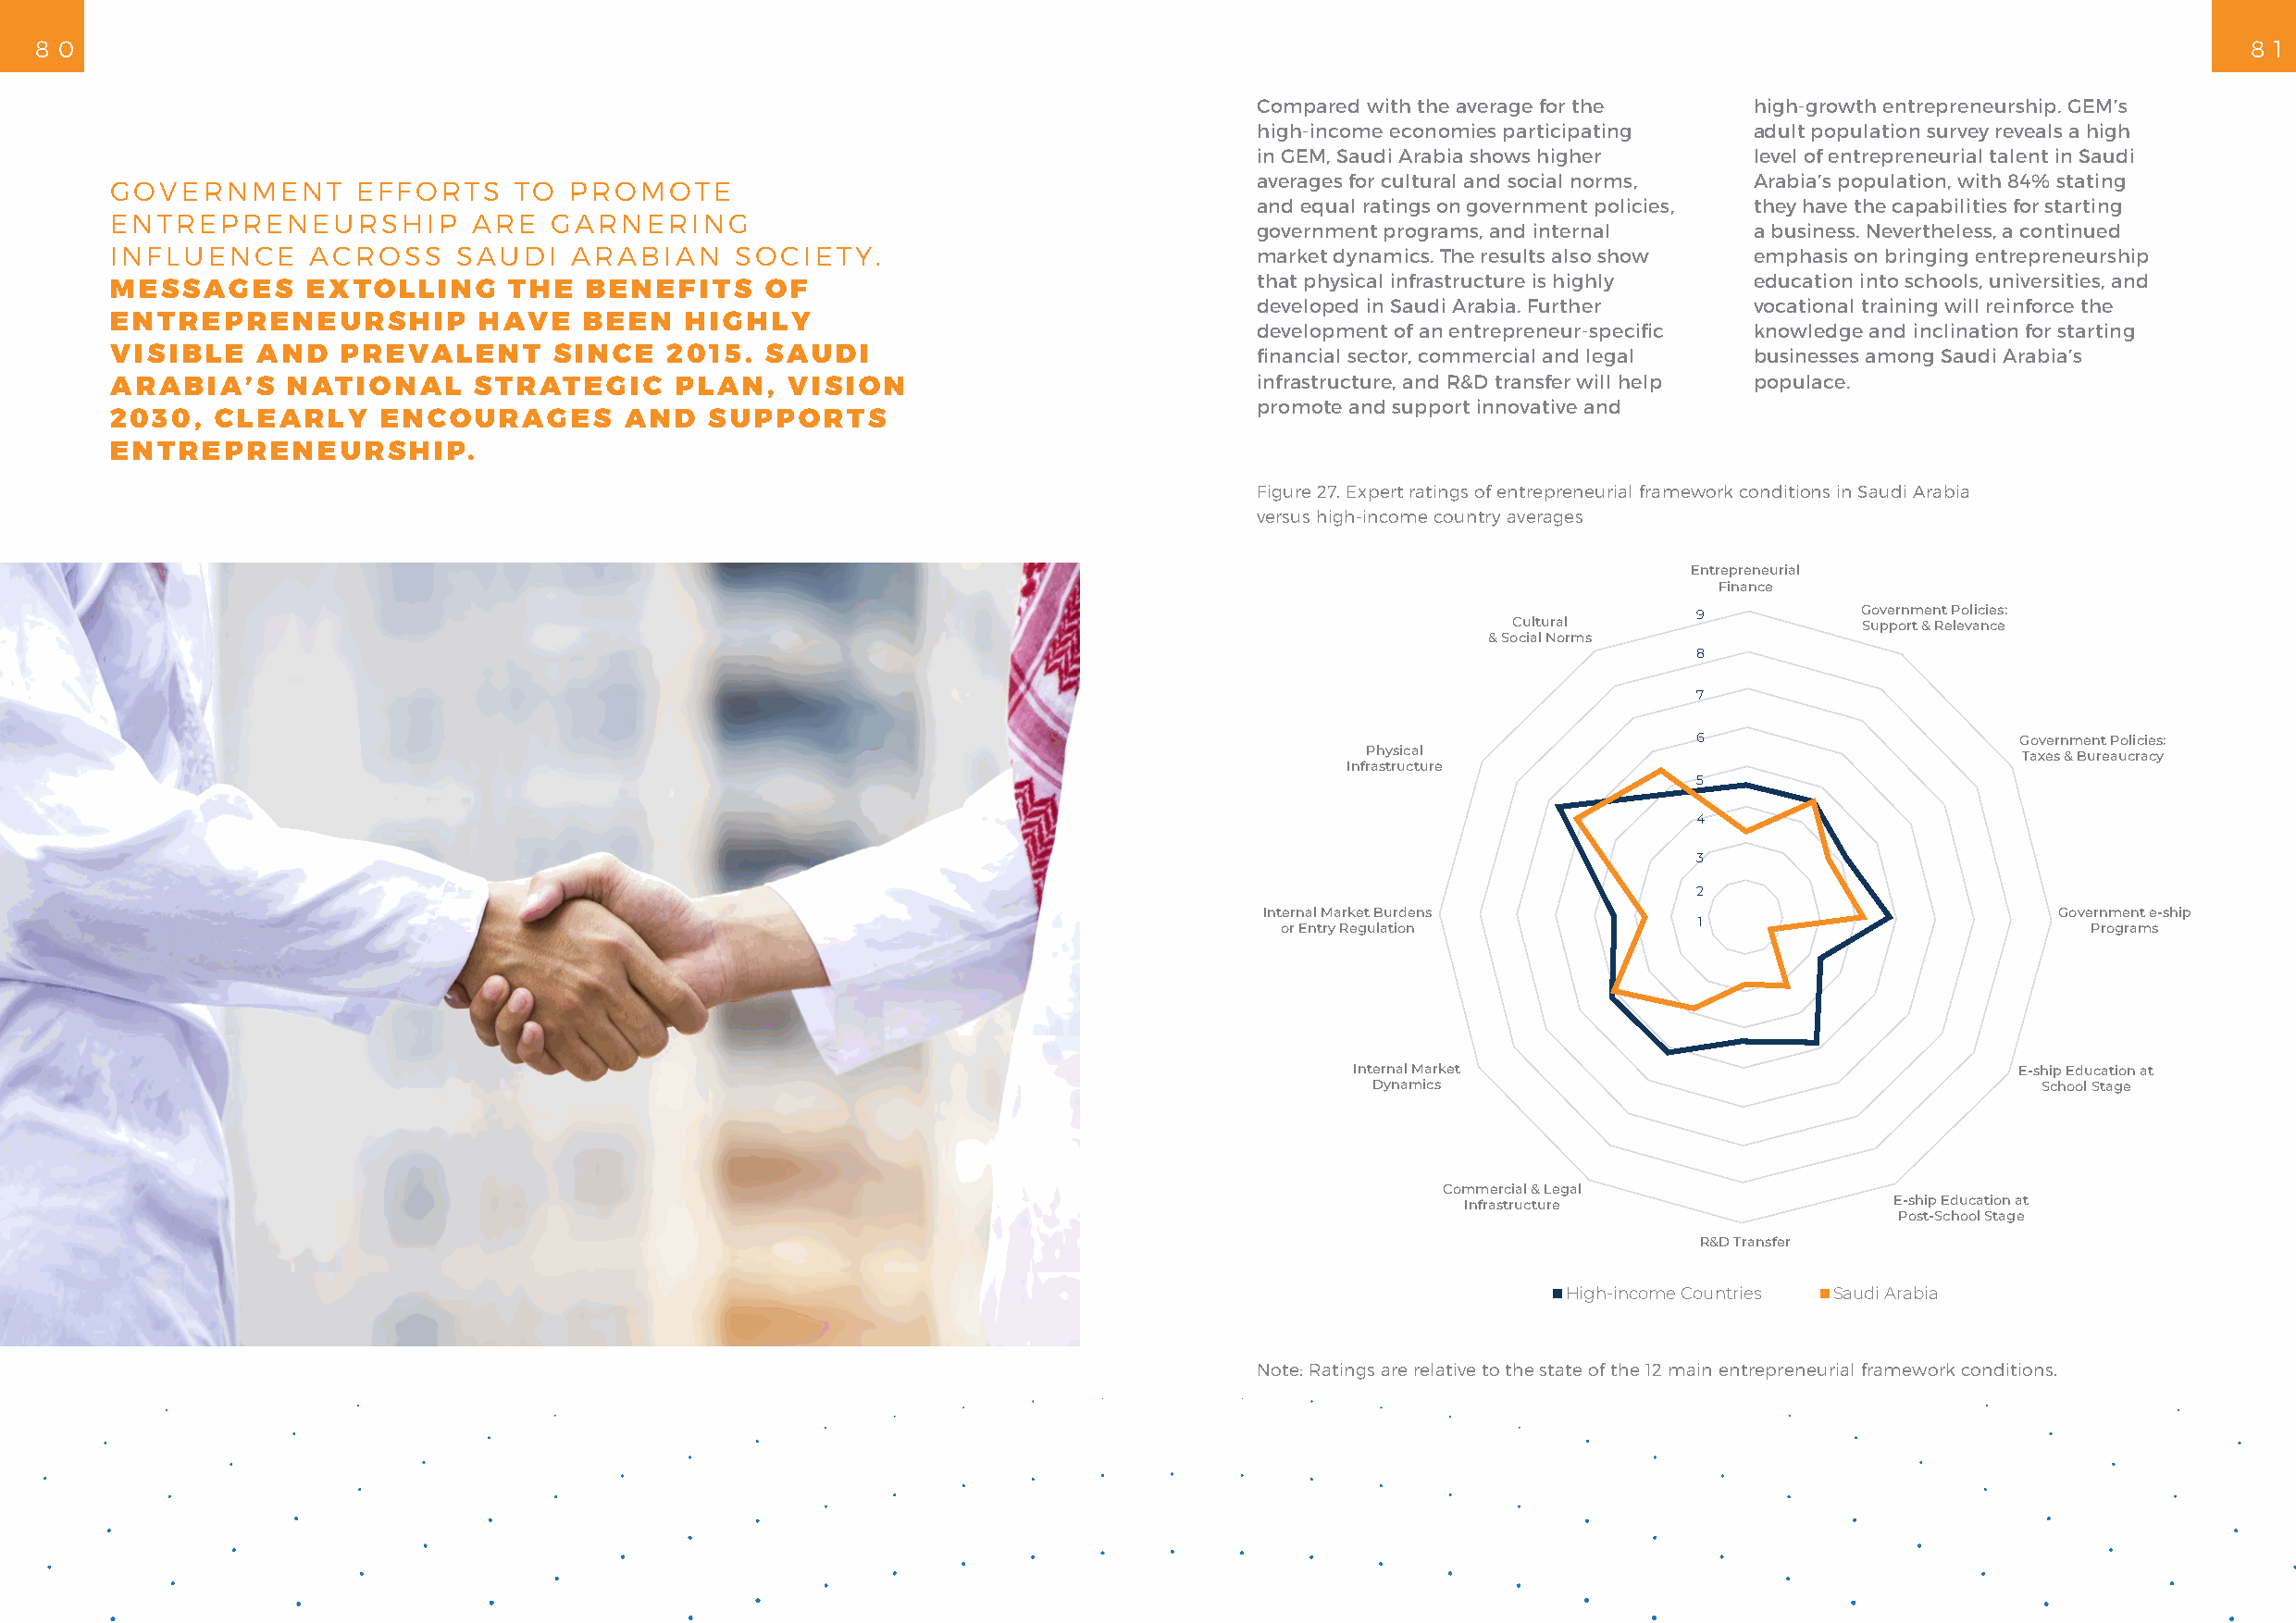
8 0                                                                                                                                                           8 1
 Compared with the average for the  high-growth entrepreneurship. GEM’s
 high-income economies participating adult population survey reveals a high
 in GEM, Saudi Arabia shows higher  level of entrepreneurial talent in Saudi
 averages for cultural and social norms, Arabia’s population, with 84% stating
 GOVERNMENT        EFFORTS    TO  PROMOTE
 and equal ratings on government policies, they have the capabilities for starting
 ENTREPRENEURSHIP          ARE  GARNERING
 government programs, and internal  a business. Nevertheless, a continued
 INFLUENCE     ACROSS     SAUDI   ARABIAN     SOCIETY.                             market dynamics. The results also show emphasis on bringing entrepreneurship
 that physical infrastructure is highly education into schools, universities, and
 MESSAGES      EXTOLLING     THE   BENEFITS     OF
 developed in Saudi Arabia. Further vocational training will reinforce the
 ENTREPRENEURSHIP          HAVE    BEEN   HIGHLY
 development of an entrepreneur-specific knowledge and inclination for starting
 VISIBLE   AND   PREVALENT       SINCE   2015.  SAUDI                              financial sector, commercial and legal businesses among Saudi Arabia’s
 ARABIA’S     NATIONAL     STRATEGIC     PLAN,   VISION                            infrastructure, and R&D transfer will help populace.
 promote and support innovative and
 2030,  CLEARLY     ENCOURAGES        AND   SUPPORTS
 ENTREPRENEURSHIP.
 Figure 27. Expert ratings of entrepreneurial framework conditions in Saudi Arabia
 versus high-income country averages
 Entrepreneurial
 Finance
 9           Government Policies:
 Cultural                 Support & Relevance
 & Social Norms
 8
 7
 6                      Government Policies:
 Physical
 Taxes & Bureaucracy
 Infrastructure
 5
 4
 3
 2
 Internal Market Burdens                                  Government e-ship
 1 or Entry Regulation        Programs
 Internal Market                                E-ship Education at
 Dynamics                                        School Stage
 Commercial & Legal
 Infrastructure                E-ship Education at
 Post-School Stage
 R&D Transfer
 High-income Countries Saudi Arabia
 Note: Ratings are relative to the state of the 12 main entrepreneurial framework conditions.
 9
 1
 0
 2
 /
 8
 1
 0
 2
 T
 R
 O
 P
 E
 R
 M
 E
 G